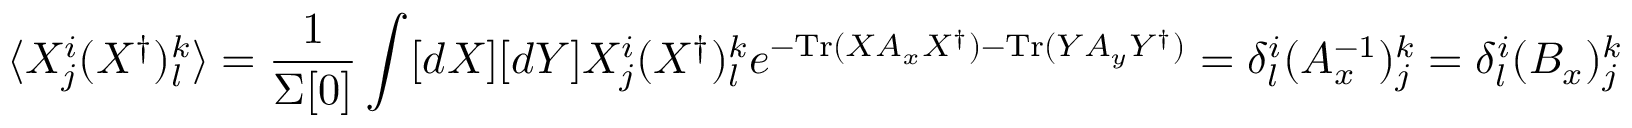
\langle X _ { j } ^ { i } ( X ^ { \dagger } ) _ { l } ^ { k } \rangle = \frac { 1 } { \Sigma [ 0 ] } \int [ d X ] [ d Y ] X _ { j } ^ { i } ( X ^ { \dagger } ) _ { l } ^ { k } e ^ { - \mathrm { T r } ( X A _ { x } X ^ { \dagger } ) - \mathrm { T r } ( Y A _ { y } Y ^ { \dagger } ) } = \delta _ { l } ^ { i } ( A _ { x } ^ { - 1 } ) _ { j } ^ { k } = \delta _ { l } ^ { i } ( B _ { x } ) _ { j } ^ { k }